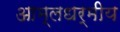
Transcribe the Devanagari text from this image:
आम्लधर्मीय